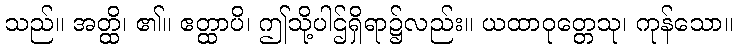
သည်။ အတ္ထိ၊ ၏။ ဧတ္ထာပိ၊ ဤသို့ပါဌ်ရှိရာ၌လည်း။ ယထာဝုတ္တေသု၊ ကုန်သော။